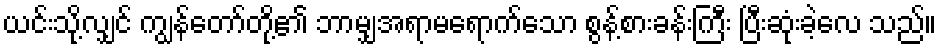
ယင်းသို့လျှင် ကျွန်တော်တို့၏ ဘာမျှအရာမရောက်သော စွန့်စားခန်းကြီး ပြီးဆုံးခဲ့လေ သည်။